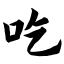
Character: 吃